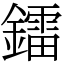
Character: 鐳